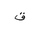
Letter: _qaf